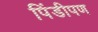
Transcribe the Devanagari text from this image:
पिंडीपण